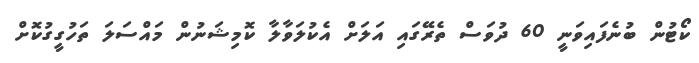
ކޯޓުން ބުނެފައިވަނީ 60 ދުވަސް ތެރޭގައި އަލަށް އެކުލަވާލާ ކޮމިޝަނުން މައްސަލަ ތަހުގީގުކޮށް